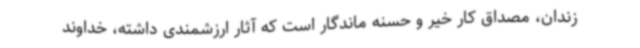
زندان، مصداق کار خیر و حسنه ماندگار است که آثار ارزشمندی داشته، خداوند